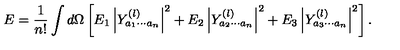
E = { \frac { 1 } { n ! } } \int d \Omega \left[ E _ { 1 } \left| Y _ { a _ { 1 } \cdots a _ { n } } ^ { ( l ) } \right| ^ { 2 } + E _ { 2 } \left| Y _ { a _ { 2 } \cdots a _ { n } } ^ { ( l ) } \right| ^ { 2 } + E _ { 3 } \left| Y _ { a _ { 3 } \cdots a _ { n } } ^ { ( l ) } \right| ^ { 2 } \right] .